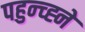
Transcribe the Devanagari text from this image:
पहुन्च्ह्ने